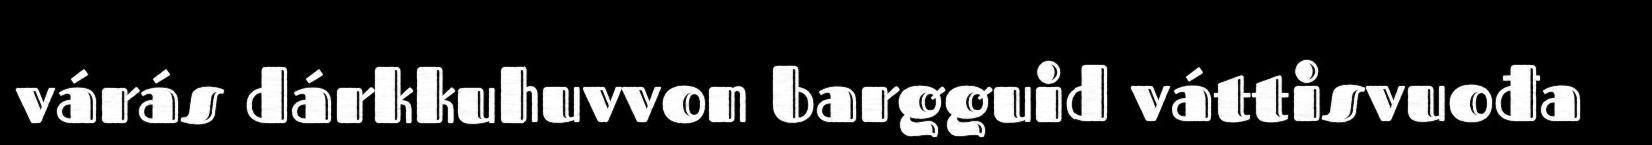
várás dárkkuhuvvon bargguid váttisvuođa